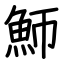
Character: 魳